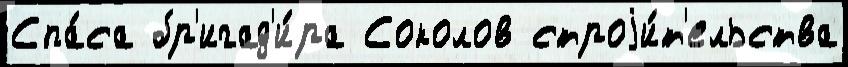
Спа́са бр'игад'и́ра Соколов строjи́т'ельства